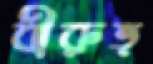
বীরুত্